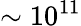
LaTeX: \sim 10^{11}